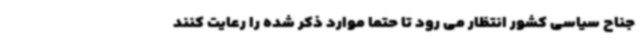
جناح سیاسی کشور انتظار می رود تا حتما موارد ذکر شده را رعایت کنند